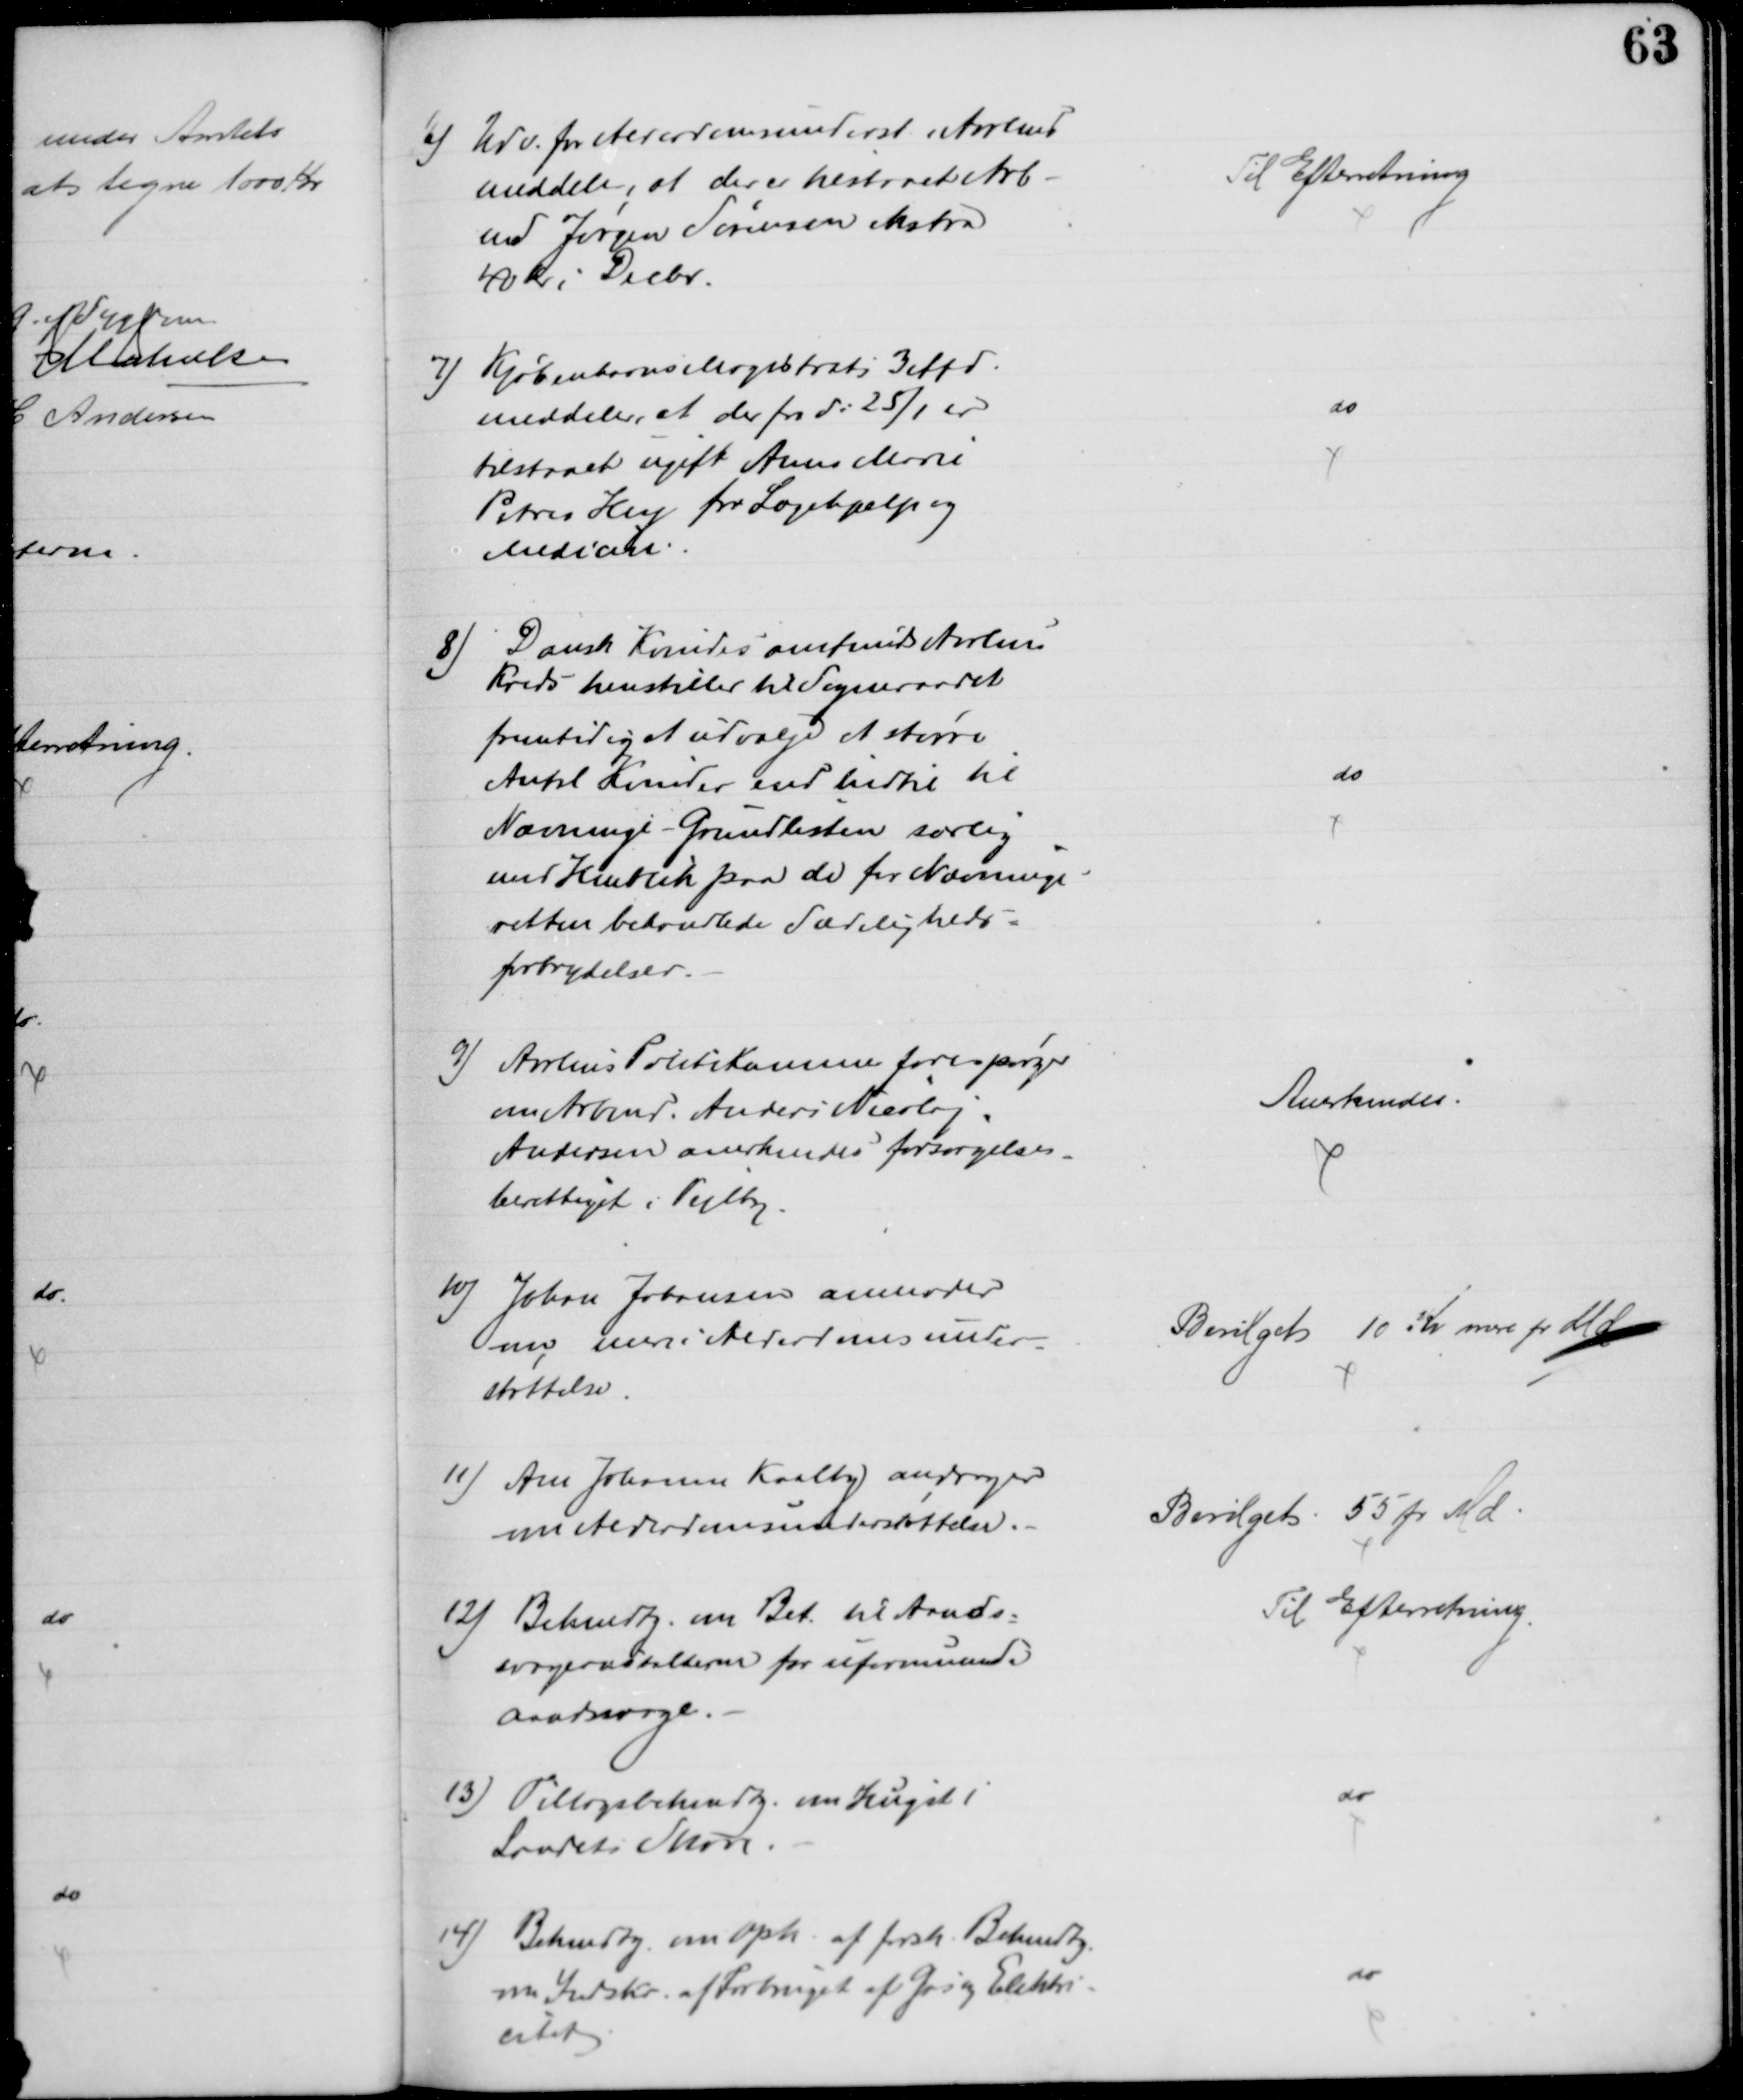
Transskription:
6) Udv. for Alderdomsunderst i Aarhus
meddele, at der er tilstaaet Arb-
md Jørgen Sørensen ekstra
40 kr i Decbr.
Til Efterretning
7) Kjøbenhavns Magistrats 3 Afd.
meddeler, at der fra d: 25/1 er
tilstaaet ugift Anna Marie
Petrea Hey for Lægehjælp og
Medicin.
do
8) Dansk Kvindesamfunds Aarhus 
Kreds henstiller til Sogneraadet
fremtidig at udvælge et større
Antal Kvinder end hidtil til
Nævninge-Grundlisten særlig
med Henblik paa de for Nævninge-
retten behandlede Sædeligheds-
forbrydelser.
do
9)
Aarhus Politikammer forespørger
om Arbmd. Anders Nicolaj
Andersen anerkendes forsørgelses-
berettiget i Vejlby
Anerkendes.
10) Johan Johansen anmoder
om mere Alderdomsunder-
støttelse
Bevilget 10 Kr mere pr Md
11) Ane Johanne Kaalby andrager
om Alderdomsunderstøttelse.
Bevilget 55 pr Md
12) Bekendt. om Bet. til Aands-
svageanstalterne for uformuende
Aandsvage.
Til Efterretning.
13) Tillægsbekendtg. om Hugst i
Landets Skove
do
14) Bekendtg. om Oph. af forsk. Bekendtg.
om Indskr. af Forbruget af Gas og Elektri-
citet
do